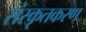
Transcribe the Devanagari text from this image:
संस्कृतकरण